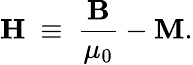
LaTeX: \mathbf{H}\ \equiv\ {\frac{\mathbf{B}}{\mu_{0}}}-\mathbf{M}.